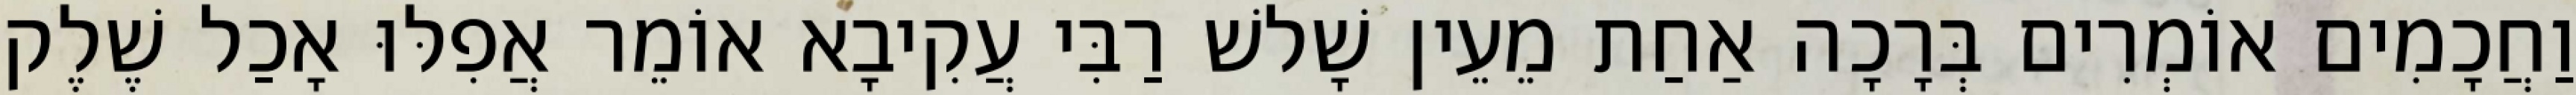
וַחֲכָמִים אוֹמְרִים בְּרָכָה אַחַת מֵעֵין שָׁלשׁ רַבִּי עֲקִיבָא אוֹמֵר אֲפִלּוּ אָכַל שֶׁלֶק